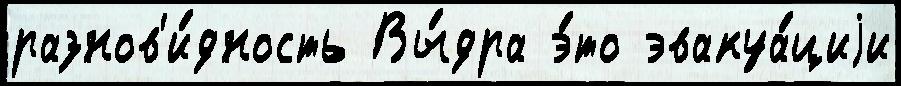
разнов'и́дность Вы́дра э́то эвакуа́циjи